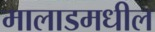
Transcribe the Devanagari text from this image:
मालाडमधील